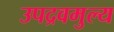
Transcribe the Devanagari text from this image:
उपद्रवमुल्य